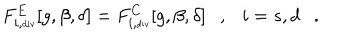
F _ { i , \tiny \mathrm { d i v } } ^ { E } [ g , \beta , \delta ] = F _ { i , \tiny \mathrm { d i v } } ^ { C } [ g , \beta , \delta ] , i = s , d .